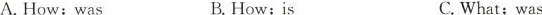
A. How;was B.How; is C.What;was